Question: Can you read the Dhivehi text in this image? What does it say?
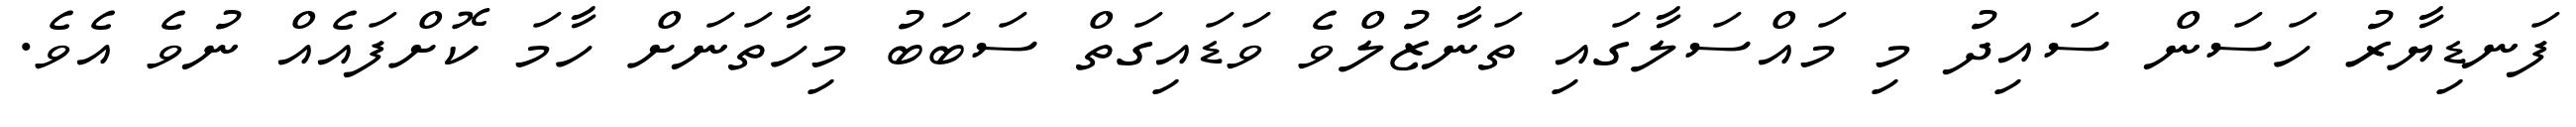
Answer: ފަނޑިޔާރު ހަސަން ސައިދު މި މައްސަލާގައި ތަނާޒުލްވެ ވަޑައިގަތް ސަބަބު މިހާތަނަށް ހާމަ ކޮށްފައެއް ނުވެ އެވެ.